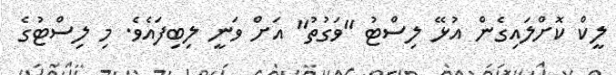
ލީކް ކޮށްލައިގެން އުޅޭ ލިސްޓު "ވަގުތު" އަށް ވަނީ ލިބިފައެވެ. މި ލިސްޓުގެ